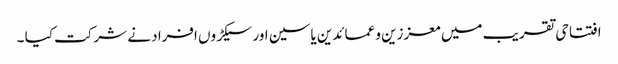
افتتاحی تقریب میں معززین و عمائدین یاسین اور سیکڑوں افراد نے شرکت کیا ۔